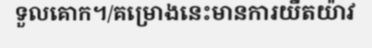
ទួលគោក។/គម្រោងនេះមានការយឺតយ៉ាវ